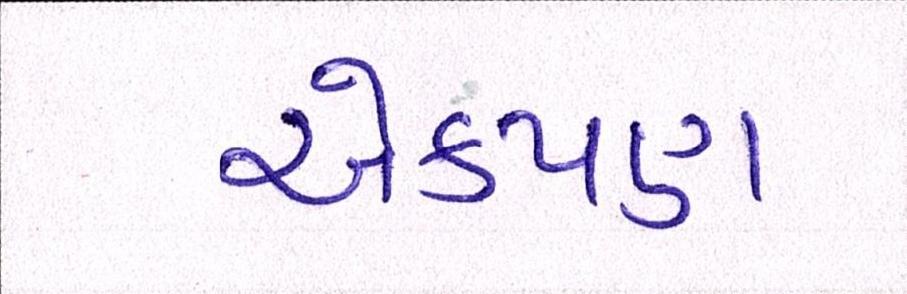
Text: એકપણ